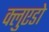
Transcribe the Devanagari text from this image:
क्लुएडो